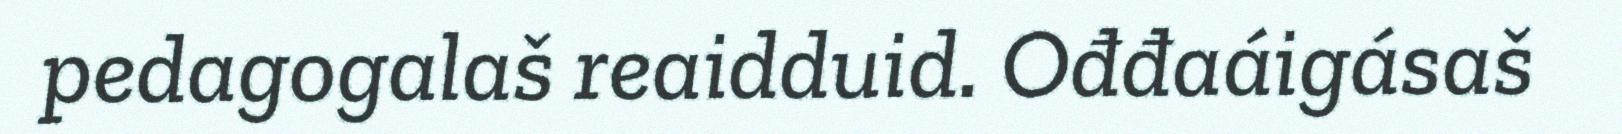
pedagogalaš reaidduid. Ođđaáigásaš